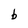
Character: b